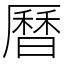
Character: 曆